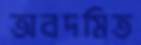
অবদমিত